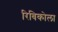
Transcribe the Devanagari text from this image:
रिबिकोला